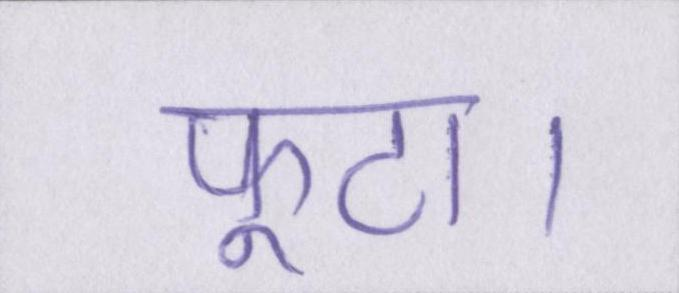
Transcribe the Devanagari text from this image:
फूटा।